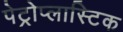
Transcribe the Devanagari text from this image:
पेट्रोप्लास्टिक